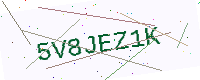
Text: 5V8JEZ1K